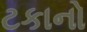
ટકાનો